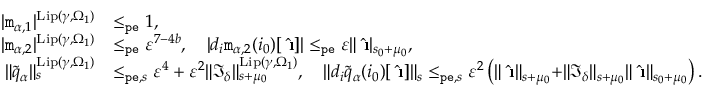
\begin{array} { r l } { | \mathtt { m } _ { \alpha , 1 } | ^ { \mathrm { L i p } ( \gamma , \Omega _ { 1 } ) } } & { \le _ { \mathtt { p e } } 1 , } \\ { | \mathtt { m } _ { \alpha , 2 } | ^ { \mathrm { L i p } ( \gamma , \Omega _ { 1 } ) } } & { \le _ { \mathtt { p e } } \varepsilon ^ { 7 - 4 b } , \quad | d _ { i } \mathtt { m } _ { \alpha , 2 } ( i _ { 0 } ) [ \hat { \textbf { \i } } ] | \le _ { \mathtt { p e } } \varepsilon \rVert \hat { \textbf { \i } } | _ { s _ { 0 } + \mu _ { 0 } } , } \\ { \rVert \tilde { q } _ { \alpha } \rVert _ { s } ^ { \mathrm { L i p } ( \gamma , \Omega _ { 1 } ) } } & { \le _ { \mathtt { p e } , s } \varepsilon ^ { 4 } + \varepsilon ^ { 2 } \rVert \mathfrak { I } _ { \delta } \rVert _ { s + \mu _ { 0 } } ^ { \mathrm { L i p } ( \gamma , \Omega _ { 1 } ) } , \quad \rVert d _ { i } \tilde { q } _ { \alpha } ( i _ { 0 } ) [ \hat { \textbf { \i } } ] \rVert _ { s } \le _ { \mathtt { p e } , s } \varepsilon ^ { 2 } \left( \rVert \hat { \textbf { \i } } \rVert _ { s + \mu _ { 0 } } + \rVert \mathfrak { I } _ { \delta } \rVert _ { s + \mu _ { 0 } } \rVert \hat { \textbf { \i } } \rVert _ { s _ { 0 } + \mu _ { 0 } } \right) . } \end{array}